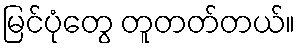
မြင်ပုံတွေ တူတတ်တယ်။